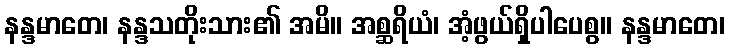
နန္ဒမာတေ၊ နန္ဒသတိုးသား၏ အမိ။ အစ္ဆရိယံ၊ အံ့ဖွယ်ရှိပါပေစွ။ နန္ဒမာတေ၊